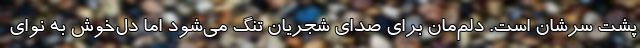
پشت سرشان است. دلم‌مان برای صدای شجریان تنگ می‌شود اما دل‌خوش به نوای